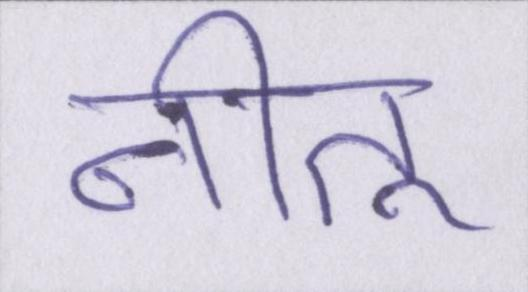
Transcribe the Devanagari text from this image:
नीतू